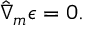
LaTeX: \hat { \nabla } _ { m } \epsilon = 0 .